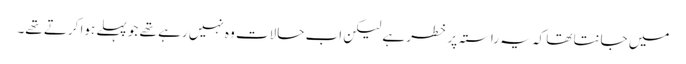
میں جانتا تھا کہ یہ راستہ پر خطر ہے لیکن اب حالات وہ نہیں رہے تھے جو پہلے ہوا کرتے تھے۔